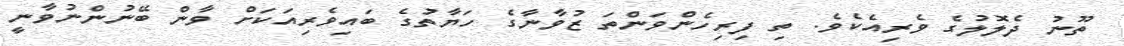
ތޫނު ދެލޮލުގެ ވެރިއެކެވެ. ތި ފިރިހެންވަންތަ ޒުވާނާގެ ހަޔާތުގެ ބައިވެރިއަކަށް ވާން ބޭނުންނުވާނީ